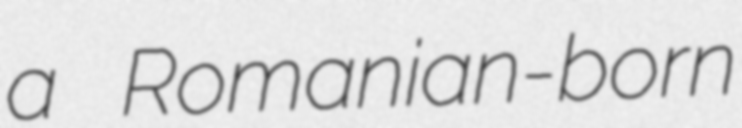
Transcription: a Romanian-born